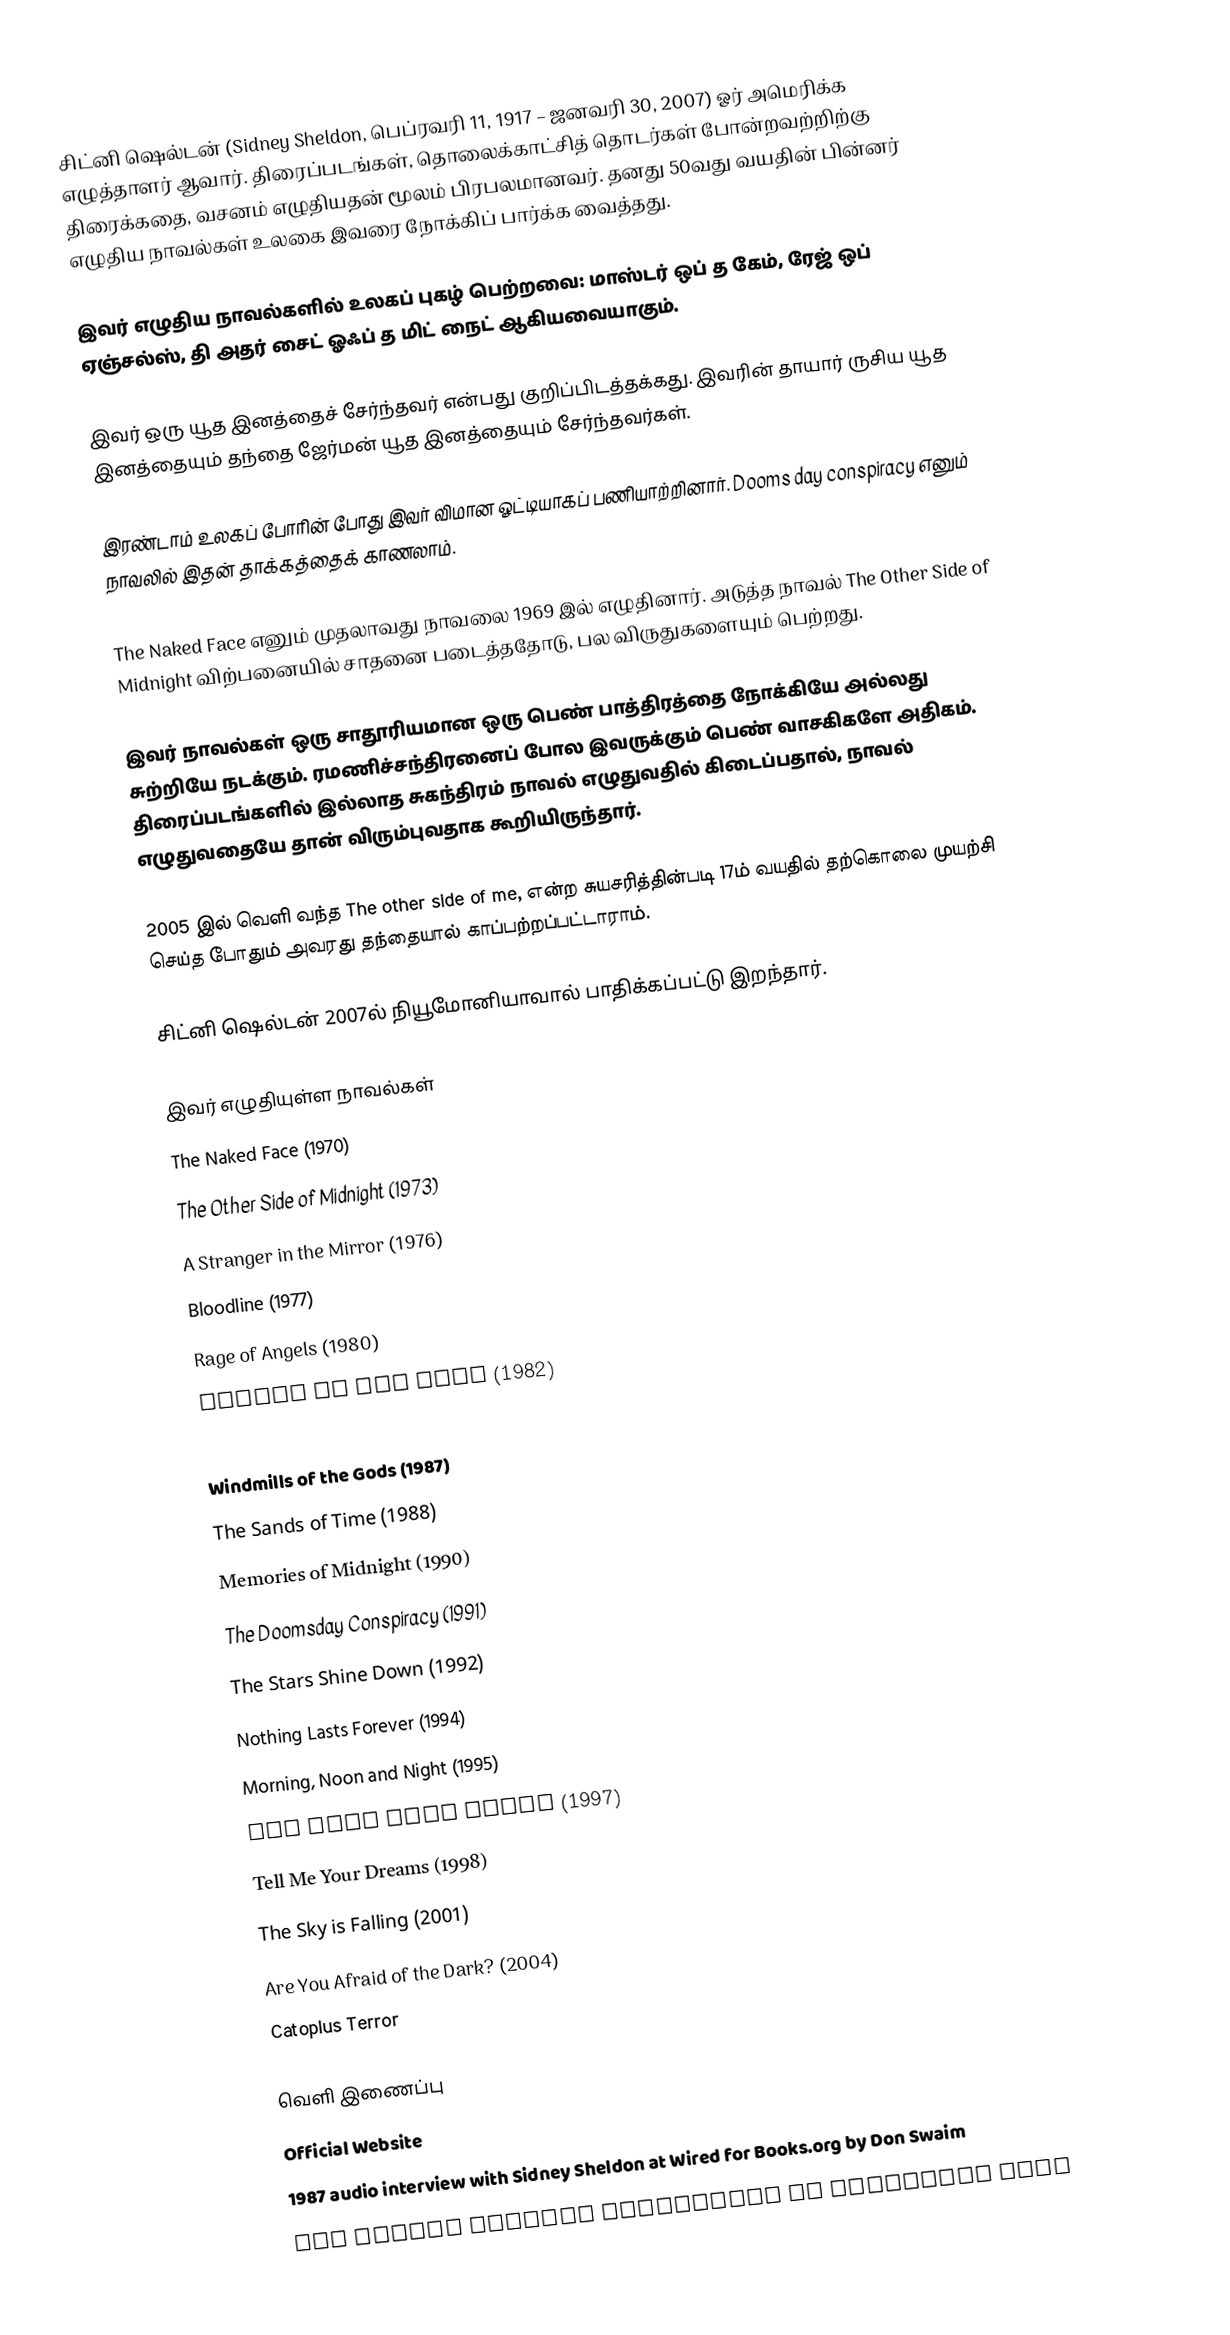
சிட்னி ஷெல்டன் (Sidney Sheldon, பெப்ரவரி 11, 1917 – ஜனவரி 30, 2007) ஓர் அமெரிக்க எழுத்தாளர் ஆவார். திரைப்படங்கள், தொலைக்காட்சித் தொடர்கள் போன்றவற்றிற்கு திரைக்கதை, வசனம் எழுதியதன் மூலம் பிரபலமானவர். தனது 50வது வயதின் பின்னர் எழுதிய நாவல்கள் உலகை இவரை நோக்கிப் பார்க்க வைத்தது.

இவர் எழுதிய நாவல்களில் உலகப் புகழ் பெற்றவை: மாஸ்டர் ஒப் த கேம், ரேஜ் ஒப் ஏஞ்சல்ஸ், தி அதர் சைட் ஓஃப் த மிட் நைட் ஆகியவையாகும்.

இவர் ஒரு யூத இனத்தைச் சேர்ந்தவர் என்பது குறிப்பிடத்தக்கது. இவரின் தாயார் ருசிய யூத இனத்தையும் தந்தை ஜேர்மன் யூத இனத்தையும் சேர்ந்தவர்கள்.

இரண்டாம் உலகப் போரின் போது இவர் விமான ஓட்டியாகப் பணியாற்றினார். Dooms day conspiracy எனும் நாவலில் இதன் தாக்கத்தைக் காணலாம்.

The Naked Face எனும் முதலாவது நாவலை 1969 இல் எழுதினார். அடுத்த நாவல் The Other Side of Midnight விற்பனையில் சாதனை படைத்ததோடு, பல விருதுகளையும் பெற்றது.

இவர் நாவல்கள் ஒரு சாதூரியமான ஒரு பெண் பாத்திரத்தை நோக்கியே அல்லது சுற்றியே நடக்கும். ரமணிச்சந்திரனைப் போல இவருக்கும் பெண் வாசகிகளே அதிகம். திரைப்படங்களில் இல்லாத சுகந்திரம் நாவல் எழுதுவதில் கிடைப்பதால், நாவல் எழுதுவதையே தான் விரும்புவதாக கூறியிருந்தார்.

2005 இல் வெளி வந்த The other side of me, என்ற சுயசரித்தின்படி 17ம் வயதில் தற்கொலை முயற்சி செய்த போதும் அவரது தந்தையால் காப்பற்றப்பட்டாராம்.

சிட்னி ஷெல்டன் 2007ல் நியூமோனியாவால் பாதிக்கப்பட்டு இறந்தார்.

இவர் எழுதியுள்ள நாவல்கள்
 The Naked Face (1970)
 The Other Side of Midnight (1973)
 A Stranger in the Mirror (1976)
 Bloodline (1977)
 Rage of Angels (1980)
 Master of the Game (1982)
 If Tomorrow Comes (1985)
 Windmills of the Gods (1987)
 The Sands of Time (1988)
 Memories of Midnight (1990)
 The Doomsday Conspiracy (1991)
 The Stars Shine Down (1992)
 Nothing Lasts Forever (1994)
 Morning, Noon and Night (1995)
 The Best Laid Plans (1997)
 Tell Me Your Dreams (1998)
 The Sky is Falling (2001)
 Are You Afraid of the Dark? (2004)
 Catoplus Terror

வெளி இணைப்பு
 Official Website
 1987 audio interview with Sidney Sheldon at Wired for Books.org  by Don Swaim
 Two Sidney Sheldon Interviews  on Sidewalks Ente